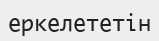
еркелететін